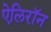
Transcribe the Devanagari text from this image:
ऐलिरॉन